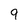
Character: 9